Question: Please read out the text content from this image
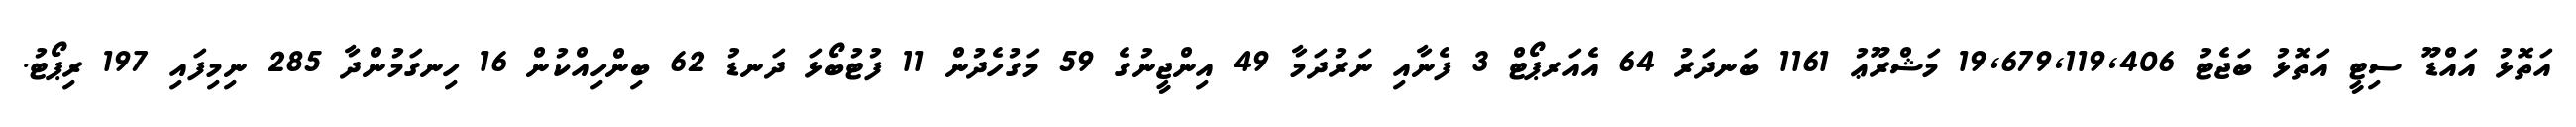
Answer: އަތޮޅު އައްޑޫ ސިޓީ އަތޮޅު ބަޖެޓު 19,679,119,406 މަޝްރޫޢު 1161 ބަނދަރު 64 އެއަރޕޯޓް 3 ފެނާއި ނަރުދަމާ 49 އިންޖީނުގެ 59 މަގުހެދުން 11 ފުޓުބޯޅަ ދަނޑު 62 ބިންހިއްކުން 16 ހިނގަމުންދާ 285 ނިމިފައި 197 ރިޕޯޓު.